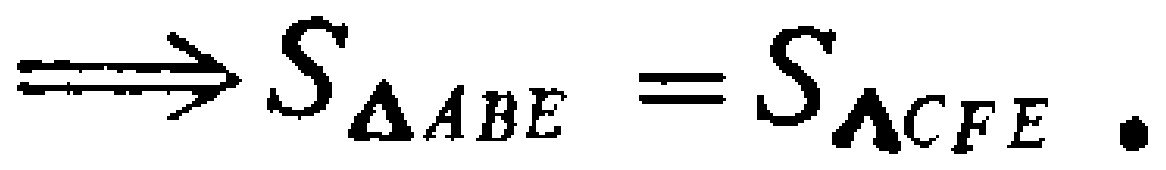
\(\Longrightarrow S_{\triangle ABE}=S_{\triangle CFE}.\)